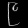
Digit: ၉